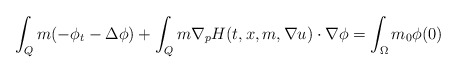
\begin{align*}\int_Q m(-\phi_t -\Delta \phi) + \int_Q m\nabla_p H(t,x,m,\nabla u) \cdot \nabla \phi = \int_{\Omega} m_0 \phi(0)\end{align*}